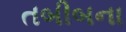
તબીબના